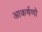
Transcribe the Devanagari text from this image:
आकर्षणो